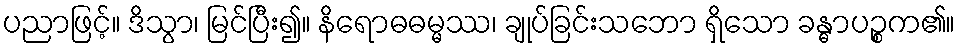
ပညာဖြင့်။ ဒိသွာ၊ မြင်ပြီး၍။ နိရောဓဓမ္မဿ၊ ချုပ်ခြင်းသဘော ရှိသော ခန္ဓာပဉ္စက၏။